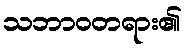
သဘာဝတရား၏